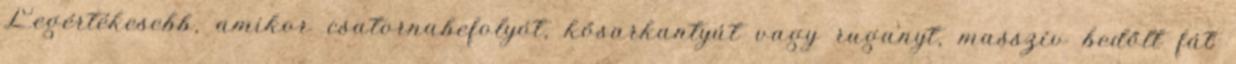
Legértékesebb, amikor csatornabefolyót, kősarkantyút vagy ruganyt, masszív bedőlt fát